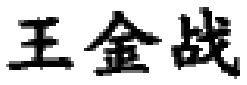
王金战